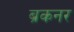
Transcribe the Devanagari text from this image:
ब्रकनर